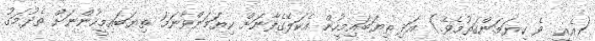
(އެއީ  ވެ ކިޔަމަންގަތުމެވެ.) އަދި ތިޔަބައިމީހުން އެކަލޭގެފާނަށް ކިޔަމަންވާނަމަަ ތިޔަބައިމީހުންނަށް ތެދުމަގު